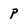
Character: P